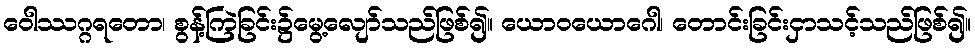
ဝေါဿဂ္ဂရတော၊ စွန့်ကြဲခြင်း၌မွေ့လျော်သည်ဖြစ်၍။ ယောဝယောဂေါ၊ တောင်းခြင်းငှာသင့်သည်ဖြစ်၍။